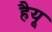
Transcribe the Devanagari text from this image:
हैयू